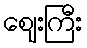
ဈေးကြီး